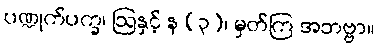
ပဏ္ဍုက်ပက္ခ၊ ဩနှင့် န (၃)၊ မှတ်ကြ အဘဗ္ဗာ။